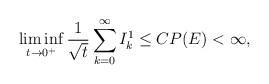
LaTeX: \begin{align*}\liminf_{t\to 0^+}\frac{1}{\sqrt{t}}\sum_{k=0}^\infty I_k^1 \leq CP(E) < \infty,\end{align*}